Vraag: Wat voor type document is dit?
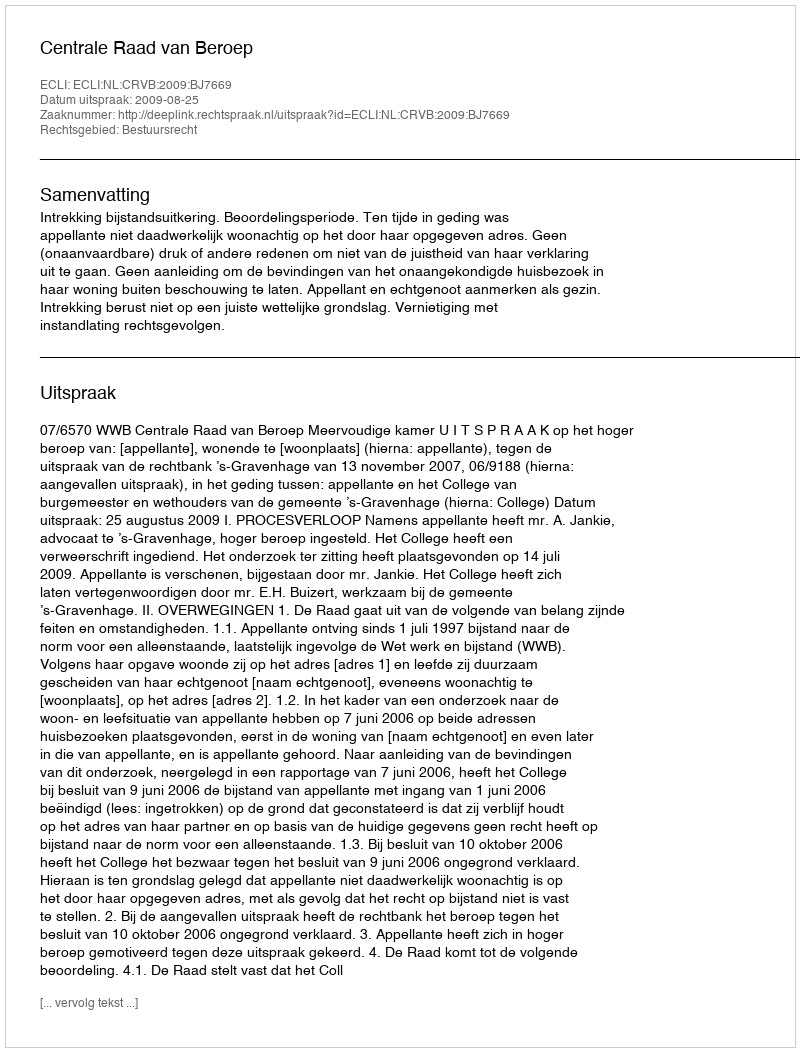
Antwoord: Uitspraak